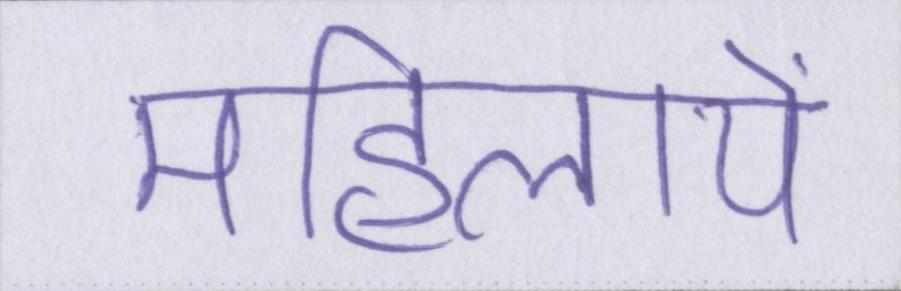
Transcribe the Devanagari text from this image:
महिलायें